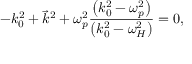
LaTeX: - k _ { 0 } ^ { 2 } + { \vec { k } } ^ { 2 } + \omega _ { p } ^ { 2 } { \frac { \left( k _ { 0 } ^ { 2 } - \omega _ { p } ^ { 2 } \right) } { \left( k _ { 0 } ^ { 2 } - \omega _ { H } ^ { 2 } \right) } } = 0 ,